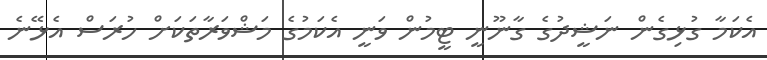
އެކަމާ ގުޅިގެން ނަޝީދުގެ ގާނޫނީ ޓީމުން ވަނީ އެކަމުގެ މަޝްވަރާތަކަށް ހުރަސް އެޅޭނެ